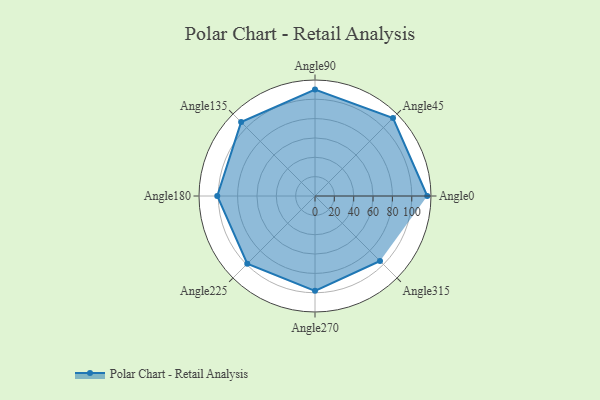
{"axis": {"x": "Angle", "y": "Radius"}, "legend": [""], "data": [{"x": "Angle0", "y": 116.0, "type": ""}, {"x": "Angle45", "y": 114.0, "type": ""}, {"x": "Angle90", "y": 110.0, "type": ""}, {"x": "Angle135", "y": 108.0, "type": ""}, {"x": "Angle180", "y": 101.0, "type": ""}, {"x": "Angle225", "y": 99.0, "type": ""}, {"x": "Angle270", "y": 98.0, "type": ""}, {"x": "Angle315", "y": 95.0, "type": ""}]}